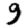
Digit: 9